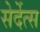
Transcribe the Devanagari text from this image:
सेर्देत्स